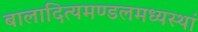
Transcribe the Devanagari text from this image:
बालादित्यमण्डलमध्यस्थां